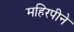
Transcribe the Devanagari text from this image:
महिरपीने